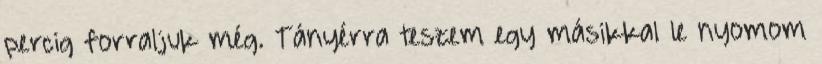
percig forraljuk még. Tányérra teszem egy másikkal le nyomom